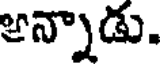
అన్నాడు.